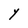
Character: Y